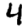
Digit: 4